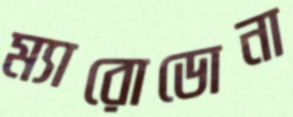
ম্যারোডোনা